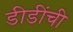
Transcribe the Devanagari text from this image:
डीडींची